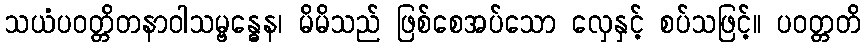
သယံပဝတ္တိတနာဝါသမ္ဗန္ဓေန၊ မိမိသည် ဖြစ်စေအပ်သော လှေနှင့် စပ်သဖြင့်။ ပဝတ္တတိ